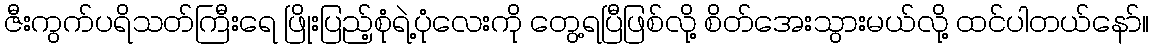
ဇီးကွက်ပရိသတ်ကြီးရေ ဖြိုးပြည့်စုံရဲ့ပုံလေးကို တွေ့ရပြီဖြစ်လို့ စိတ်အေးသွားမယ်လို့ ထင်ပါတယ်နော်။